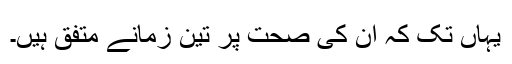
یہاں تک کہ ان کی صحت پر تین زمانے متفق ہیں۔